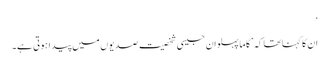
‘
ان کا کہنا تھا کہ ’گاما پہلوان جیسی شخصیت صدیوں میں پیدا ہوتی ہے۔